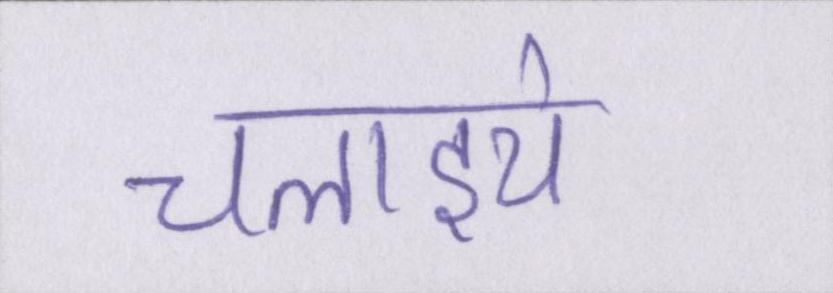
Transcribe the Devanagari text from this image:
चलाइये